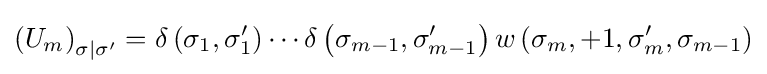
\left(U_{m}\right)_{\sigma |\sigma '}=\delta \left(\sigma _{1},\sigma _{1}'\right)\cdots \delta \left(\sigma _{m-1},\sigma _{m-1}'\right)w\left(\sigma _{m},+1,\sigma _{m}',\sigma _{m-1}\right)